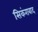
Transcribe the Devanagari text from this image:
सिकंराबाद